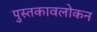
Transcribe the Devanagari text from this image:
पुस्तकावलोकन